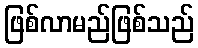
ဖြစ်လာမည်ဖြစ်သည်